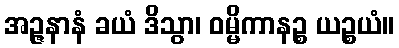
အဉ္ဇနာနံ ခယံ ဒိသွာ၊ ဝမ္မိကာနဉ္စ ယဉ္စယံ။